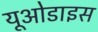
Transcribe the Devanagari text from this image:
यूओडाइस